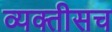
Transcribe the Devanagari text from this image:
व्यक्तीसच